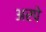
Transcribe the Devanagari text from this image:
अरपे